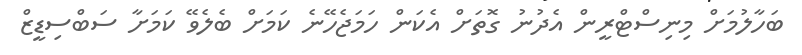
ބަހާލުމަށް މިނިސްޓްރީން އެދުނު ގޮތަށް އެކަން ހަމަޖެހޭނެ ކަމަށް ބެލެވޭ ކަމަށާ ސަބްސިޑީޒް